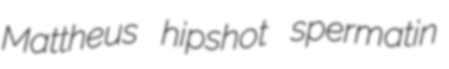
Mattheus hipshot spermatin